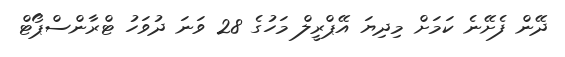
ދޭން ފެށޭނެ ކަމަށް މިދިޔަ އޭޕްރީލް މަހުގެ 28 ވަނަ ދުވަހު ޓްރާންސްޕޯޓް